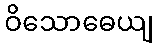
ဝိသောဓေယျ